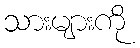
သားများကို